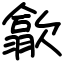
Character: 歙